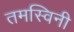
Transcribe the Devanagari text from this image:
तमस्विनी